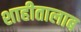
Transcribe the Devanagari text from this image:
शाहीतालाब